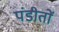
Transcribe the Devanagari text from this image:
पंडीतों